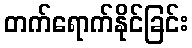
တက်ရောက်နိုင်ခြင်း